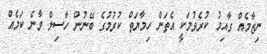
ނިޒާމެއް ގާއިމު ކުރެވުމަކީ އެތަން ހިމާޔަތް ކުރުމުގެ ބޭނުން ހާސިލް ވާނެ ކަމެއް